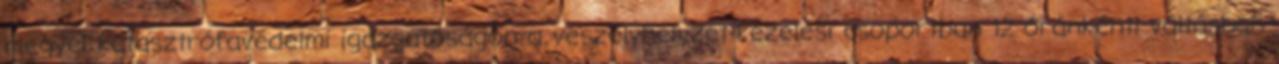
megyei katasztrófavédelmi igazgatóságon a veszélyhelyzet-kezelési csoportban 12 óránkénti váltásban